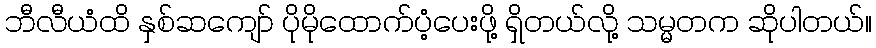
ဘီလီယံထိ နှစ်ဆကျော် ပိုမိုထောက်ပံ့ပေးဖို့ ရှိတယ်လို့ သမ္မတက ဆိုပါတယ်။